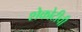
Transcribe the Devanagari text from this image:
शेकोटीची